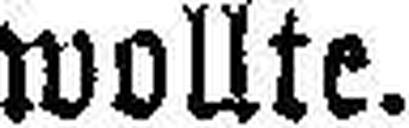
wollte.